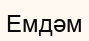
Емдәм